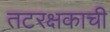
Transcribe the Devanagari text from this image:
तटरक्षकाची